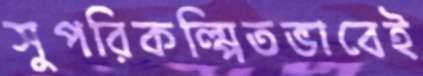
সুপরিকল্পিতভাবেই